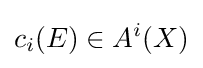
c_{i}(E)\in A^{i}(X)